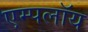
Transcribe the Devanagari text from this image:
एम्पलॉय